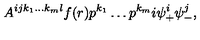
A ^ { i j k _ { 1 } \dots k _ { m } l } f ( r ) p ^ { k _ { 1 } } \dots p ^ { k _ { m } } i \psi _ { + } ^ { i } \psi _ { - } ^ { j } ,